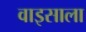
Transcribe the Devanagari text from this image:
वाइसाला